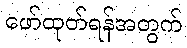
ဖော်ထုတ်ရန်အတွက်